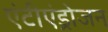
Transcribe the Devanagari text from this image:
एंटीएंड्रोजन